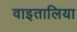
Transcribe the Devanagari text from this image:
वाइतालिया